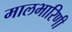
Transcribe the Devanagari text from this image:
मालभारिणी